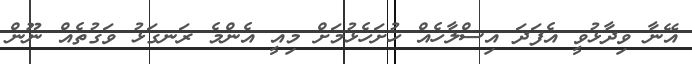
އޭނާ ވިދާޅުވީ އެފަދަ އިސްލާހެއް ހުށަހެޅުމަށް މިއީ އެންމެ ރަނގަޅު ވަގުތެއް ނޫން